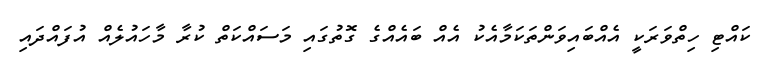
ކައްޓި ހިތްވަރަކީ އެއްބައިވަންތަކަމާއެކު އެއް ބައެއްގެ ގޮތުގައި މަސައްކަތް ކުރާ މާހައުލެއް އުފައްދައި